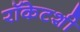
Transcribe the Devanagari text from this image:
रॉकेटशी